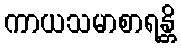
ကာယသမာစာရန္တိ